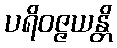
ပရိဝဇ္ဇယန္တိ